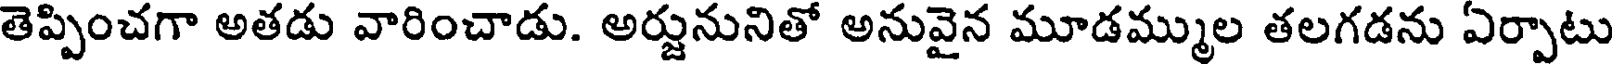
తెప్పించగా అతడు వారించాడు. అర్జునునితో అనువైన మూడమ్ముల తలగడను ఏర్పాటు